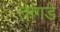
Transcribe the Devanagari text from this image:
तांगडे